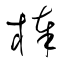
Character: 棒